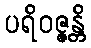
ပရိဝဇ္ဇန္တိ